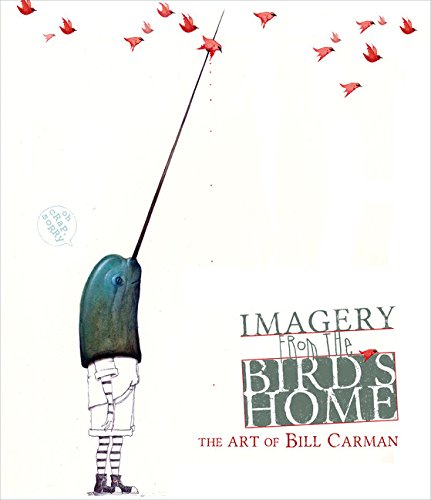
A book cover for Imagery from the Bird's Home: The Art of Bill Carman; Bill Carman; Arts & Photography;